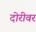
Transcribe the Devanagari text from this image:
दोरीवर